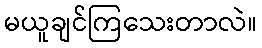
မယူချင်ကြသေးတာလဲ။